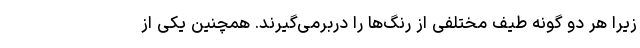
زیرا هر دو گونه طیف مختلفی از رنگ‌ها را دربرمی‌گیرند. همچنین یکی از